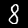
Digit: 8